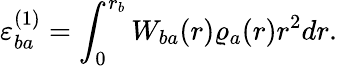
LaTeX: \varepsilon_{ba}^{(1)}=\int_{0}^{r_{b}}W_{ba}(r)\varrho_{a}(r)r^{2}dr.